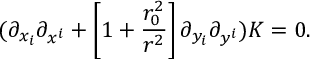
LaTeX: ( \partial _ { x _ { i } } \partial _ { x ^ { i } } + \left[ 1 + { \frac { r _ { 0 } ^ { 2 } } { r ^ { 2 } } } \right] \partial _ { y _ { i } } \partial _ { y ^ { i } } ) K = 0 .